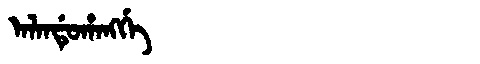
Manchu: ᠠᠯᠠᠨᡩᡠᡥᠠᠩᡤᡝ
Romanization: ALANDUHANGGE